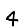
Digit: 4